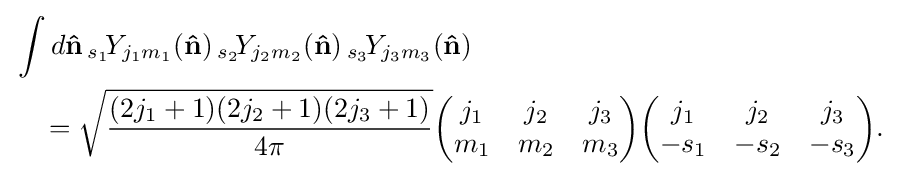
{\begin{aligned}&\int d\mathbf {\hat {n}} \,_{s_{1}}\!Y_{j_{1}m_{1}}(\mathbf {\hat {n}} )\,_{s_{2}}\!Y_{j_{2}m_{2}}(\mathbf {\hat {n}} )\,_{s_{3}}\!Y_{j_{3}m_{3}}(\mathbf {\hat {n}} )\\&\quad ={\sqrt {\frac {(2j_{1}+1)(2j_{2}+1)(2j_{3}+1)}{4\pi }}}{\begin{pmatrix}j_{1}&j_{2}&j_{3}\\m_{1}&m_{2}&m_{3}\end{pmatrix}}{\begin{pmatrix}j_{1}&j_{2}&j_{3}\\-s_{1}&-s_{2}&-s_{3}\end{pmatrix}}.\end{aligned}}